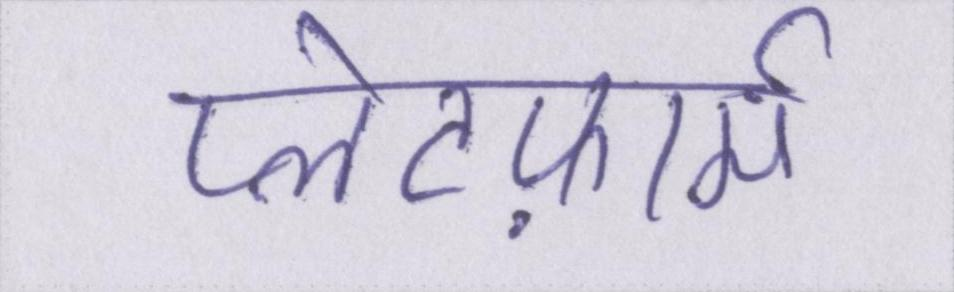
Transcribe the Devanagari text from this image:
प्लेटफ़ार्म